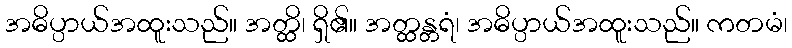
အဓိပ္ပာယ်အထူးသည်။ အတ္ထိ၊ ရှိ၏။ အတ္ထန္တရံ၊ အဓိပ္ပာယ်အထူးသည်။ ကတမံ၊